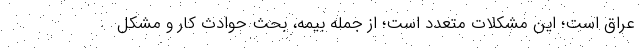
عراق است؛ این مشکلات متعدد است؛ از جمله بیمه، بحث حوادث کار و مشکل